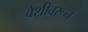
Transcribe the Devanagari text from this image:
वेशीवरून